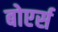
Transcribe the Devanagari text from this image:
बोएर्स